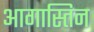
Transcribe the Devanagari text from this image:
आगास्तिन